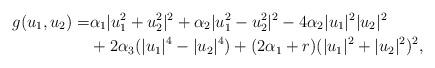
LaTeX: \begin{align*}g(u_1,u_2)=& \alpha_1 |u_1^2+u_2^2|^2 + \alpha_2 |u_1^2-u_2^2|^2 -4\alpha_2 |u_1|^2|u_2|^2 \\&+2\alpha_3 (|u_1|^4-|u_2|^4) + (2\alpha_1 + r) (|u_1|^2+|u_2|^2)^2,\end{align*}